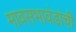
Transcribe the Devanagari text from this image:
मावसभावंडांचीं